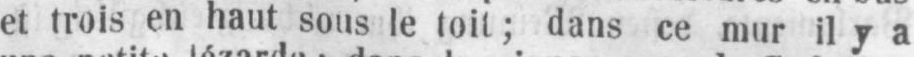
et trois en haut sous le toit; dans ce mur il y a